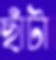
ছাঁটা